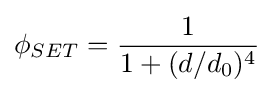
\phi _{SET}={\frac {1}{1+({d}/{d_{0}})^{4}}}